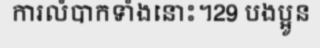
ការលំបាកទាំងនោះ។29 បងប្អូន